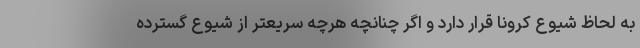
به لحاظ شیوع کرونا قرار دارد و اگر چنانچه هرچه سریعتر از شیوع گسترده